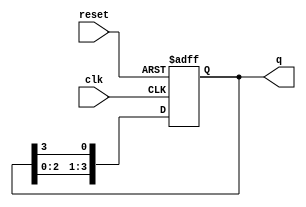
module ring_counter (
    input wire clk,       // Clock signal
    input wire reset,     // Reset signal
    output reg [3:0] q    // 4-bit output
);

// Initial state of the ring counter
initial begin
    q = 4'b1000; // Initial state: 1000
end

// Sequential logic for the ring counter
always @(posedge clk or posedge reset) begin
    if (reset) begin
        q <= 4'b1000; // Reset to initial state
    end else begin
        // Circular shift operation
        q <= {q[2:0], q[3]}; // Shift left and wrap around
    end
end

endmodule